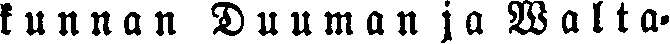
kunnan Duuman ja Walta-